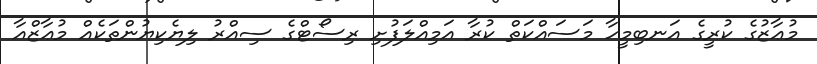
މުޢާޒުގެ ކުރީގެ އަނބިމީހާ މަސައްކަތް ކުރާ އަމިއްލަފުށި ރިސޯޓްގެ ސިއްރު ލިޔެކިޔުންތަކެއް މުޢާޒްއާ